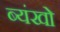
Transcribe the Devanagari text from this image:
ब्यंखो